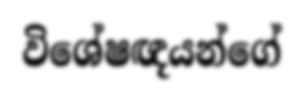
විශේෂඥයන්ගේ